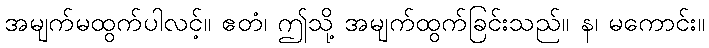
အမျက်မထွက်ပါလင့်။ ဧတံ၊ ဤသို့ အမျက်ထွက်ခြင်းသည်။ န၊ မကောင်း။